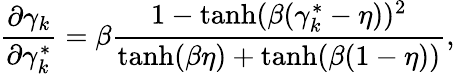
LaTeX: \frac{\partial\gamma_{k}}{\partial{\gamma}_{k}^{*}}=\beta\frac{1-\operatorname{tanh}(\beta({\gamma}_{k}^{*}-\eta))^{2}}{\operatorname{tanh}(\beta\eta)+\operatorname{tanh}(\beta(1-\eta))},